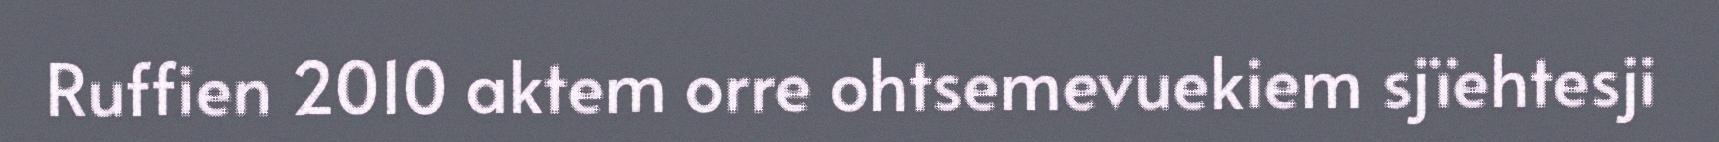
Ruffien 2010 aktem orre ohtsemevuekiem sjïehtesji